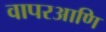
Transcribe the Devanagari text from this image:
वापरआणि